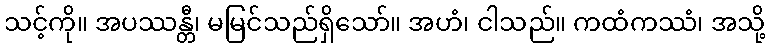
သင့်ကို။ အပဿန္တီ၊ မမြင်သည်ရှိသော်။ အဟံ၊ ငါသည်။ ကထံကဿံ၊ အသို့